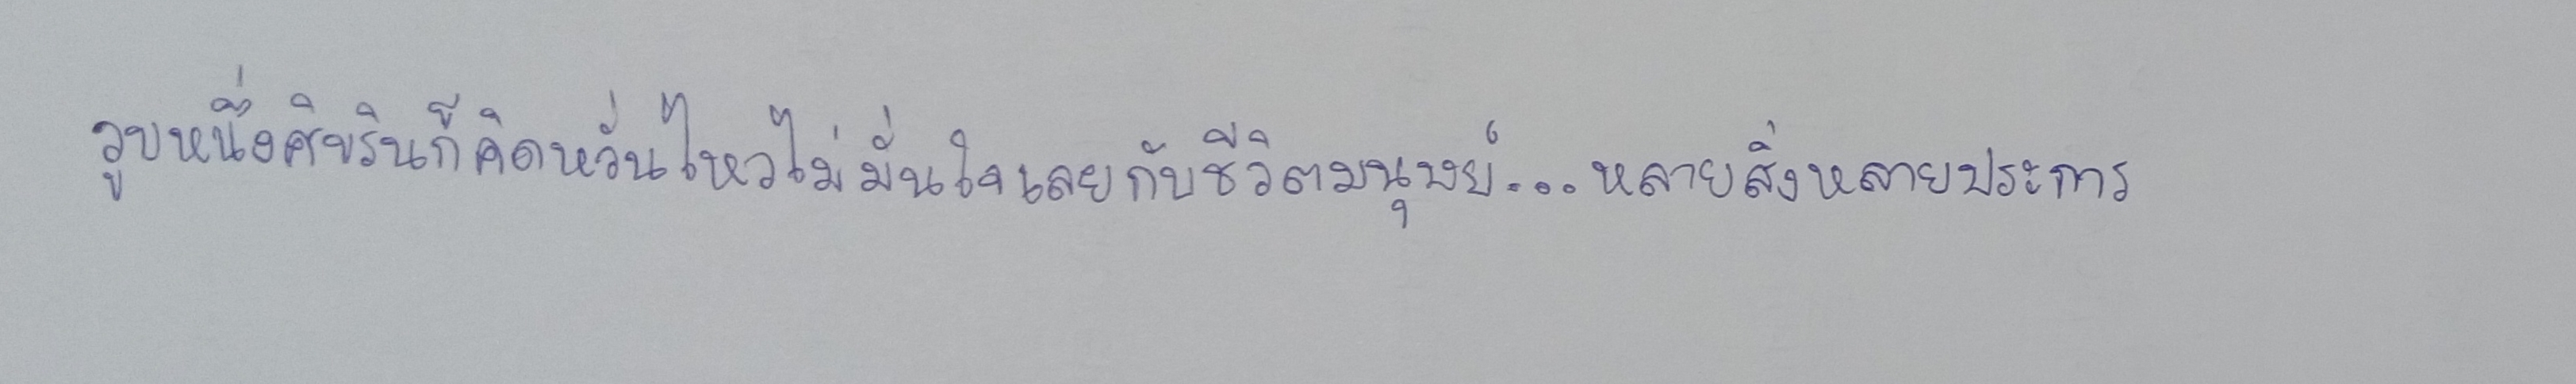
วูบหนึ่งศิขรินก็คิดหวั่นไหวไม่มั่นใจเลยกับชีวิตมนุษย์...หลายสิ่งหลายประการ